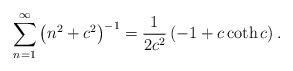
LaTeX: \begin{align*}\sum_{n=1}^\infty \left( n^2 + c^2 \right)^{-1}=\frac{1}{2c^2} \left( -1 + c \coth c \right).\end{align*}